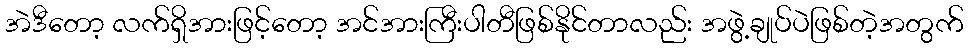
အဲဒီတော့ လက်ရှိအားဖြင့်တော့ အင်အားကြီးပါတီဖြစ်နိုင်တာလည်း အဖွဲ့ချုပ်ပဲဖြစ်တဲ့အတွက်